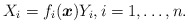
\begin{gather*} X_i= f_i(\boldsymbol{x}) Y_i , i=1,\ldots,n . \end{gather*}